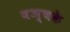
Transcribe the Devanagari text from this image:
वञ्चके